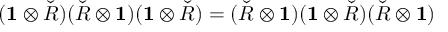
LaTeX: ( \mathbf { 1 } \otimes { \check { R } } ) ( { \check { R } } \otimes \mathbf { 1 } ) ( \mathbf { 1 } \otimes { \check { R } } ) = ( { \check { R } } \otimes \mathbf { 1 } ) ( \mathbf { 1 } \otimes { \check { R } } ) ( { \check { R } } \otimes \mathbf { 1 } )